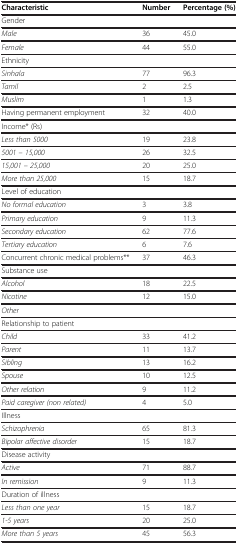
<table><thead><tr><td><b>Characteristic</b></td><td><b>Number</b></td><td><b>Percentage (%)</b></td></tr></thead><tbody><tr><td colspan="3">Gender</td></tr><tr><td><i>Male</i></td><td>36</td><td>45.0</td></tr><tr><td><i>Female</i></td><td>44</td><td>55.0</td></tr><tr><td colspan="3">Ethnicity</td></tr><tr><td><i>Sinhala</i></td><td>77</td><td>96.3</td></tr><tr><td><i>Tamil</i></td><td>2</td><td>2.5</td></tr><tr><td><i>Muslim</i></td><td>1</td><td>1.3</td></tr><tr><td>Having permanent employment</td><td>32</td><td>40.0</td></tr><tr><td colspan="3">Income* (Rs)</td></tr><tr><td><i>Less than 5000</i></td><td>19</td><td>23.8</td></tr><tr><td><i>5001 – 15,000</i></td><td>26</td><td>32.5</td></tr><tr><td><i>15,001 – 25,000</i></td><td>20</td><td>25.0</td></tr><tr><td><i>More than 25,000</i></td><td>15</td><td>18.7</td></tr><tr><td colspan="3">Level of education</td></tr><tr><td><i>No formal education</i></td><td>3</td><td>3.8</td></tr><tr><td><i>Primary education</i></td><td>9</td><td>11.3</td></tr><tr><td><i>Secondary education</i></td><td>62</td><td>77.6</td></tr><tr><td><i>Tertiary education</i></td><td>6</td><td>7.6</td></tr><tr><td>Concurrent chronic medical problems**</td><td>37</td><td>46.3</td></tr><tr><td colspan="3">Substance use</td></tr><tr><td><i>Alcohol</i></td><td>18</td><td>22.5</td></tr><tr><td><i>Nicotine</i></td><td>12</td><td>15.0</td></tr><tr><td><i>Other</i></td><td> </td><td> </td></tr><tr><td colspan="3">Relationship to patient</td></tr><tr><td><i>Child</i></td><td>33</td><td>41.2</td></tr><tr><td><i>Parent</i></td><td>11</td><td>13.7</td></tr><tr><td><i>Sibling</i></td><td>13</td><td>16.2</td></tr><tr><td><i>Spouse</i></td><td>10</td><td>12.5</td></tr><tr><td><i>Other relation</i></td><td>9</td><td>11.2</td></tr><tr><td><i>Paid caregiver (non related)</i></td><td>4</td><td>5.0</td></tr><tr><td colspan="3">Illness</td></tr><tr><td><i>Schizophrenia</i></td><td>65</td><td>81.3</td></tr><tr><td><i>Bipolar affective disorder</i></td><td>15</td><td>18.7</td></tr><tr><td colspan="3">Disease activity</td></tr><tr><td><i>Active</i></td><td>71</td><td>88.7</td></tr><tr><td><i>In remission</i></td><td>9</td><td>11.3</td></tr><tr><td colspan="3">Duration of illness</td></tr><tr><td><i>Less than one year</i></td><td>15</td><td>18.7</td></tr><tr><td><i>1-5 years</i></td><td>20</td><td>25.0</td></tr><tr><td><i>More than 5 years</i></td><td>45</td><td>56.3</td></tr></tbody></table>